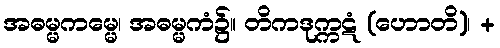
အဓမ္မကမ္မေ၊ အဓမ္မကံ၌။ တိကဒုက္ကဋံ (ဟောတိ)၊ +